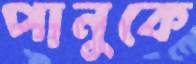
পানুকে